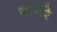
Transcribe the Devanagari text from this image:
बोनैरे